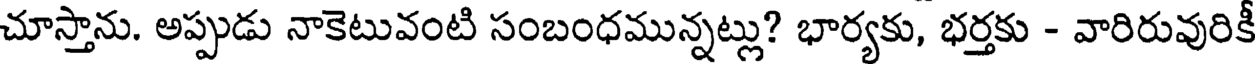
చూస్తాను. అప్పుడు నాకెటువంటి సంబంధమున్నట్లు? భార్యకు, భర్తకు - వారిరువురికీ